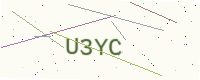
Text: U3YC